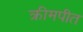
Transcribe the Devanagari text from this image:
क्रीमपीत